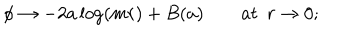
\phi \rightarrow - 2 a \log ( m r ) + B ( a ) \qquad a t ~ \ r \rightarrow 0 ;